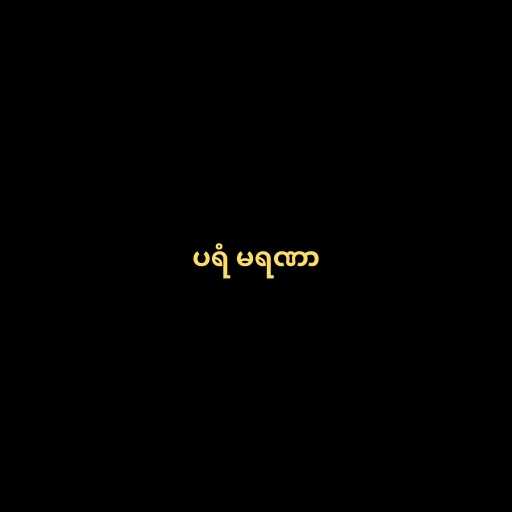
ပရံ မရဏာ